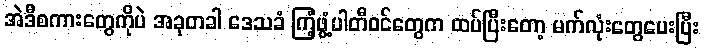
အဲဒီစကားတွေကိုပဲ အခုတခါ ဒေသခံ ကြံ့ဖွံ့ပါတီဝင်တွေက ထပ်ပြီးတော့ မက်လုံးတွေပေးပြီး